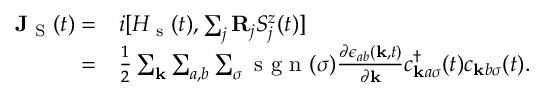
\begin{array} { r l } { \mathbf { J } _ { \textrm { S } } ( t ) = } & { { } i [ H _ { \textrm { s } } ( t ) , \sum _ { j } \mathbf { R } _ { j } S _ { j } ^ { z } ( t ) ] } \\ { = } & { { } \frac { 1 } { 2 } \sum _ { \mathbf { k } } \sum _ { a , b } \sum _ { \sigma } \textrm { s g n } ( \sigma ) \frac { \partial \epsilon _ { a b } ( \mathbf { k } , t ) } { \partial \mathbf { k } } c _ { \mathbf { k } a \sigma } ^ { \dagger } ( t ) c _ { \mathbf { k } b \sigma } ( t ) . } \end{array}